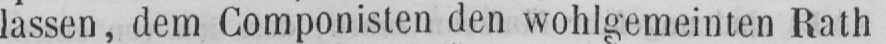
lassen, dem Componisten den wohlgemeinten Rath